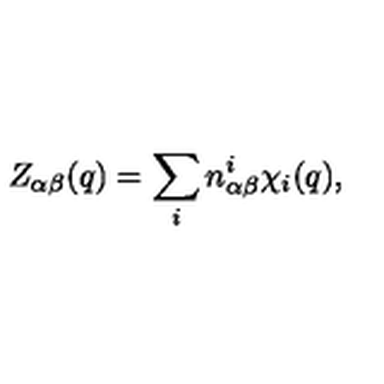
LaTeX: Z _ { \alpha \beta } ( q ) = \sum _ { i } n _ { \alpha \beta } ^ { i } \chi _ { i } ( q ) ,